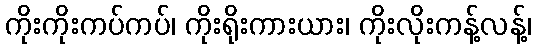
ကိုးကိုးကပ်ကပ်၊ ကိုးရိုးကားယား၊ ကိုးလိုးကန့်လန့်၊